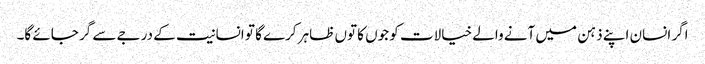
اگر انسان اپنے ذہن میں آنے والے خیالات کو جوں کا توں ظاہر کرے گا تو انسانیت کے درجے سے گر جائے گا۔